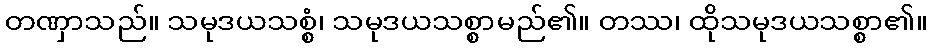
တဏှာသည်။ သမုဒယသစ္စံ၊ သမုဒယသစ္စာမည်၏။ တဿ၊ ထိုသမုဒယသစ္စာ၏။